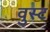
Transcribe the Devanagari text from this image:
वुस्ट